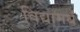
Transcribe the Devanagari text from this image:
विद्यामर्थं